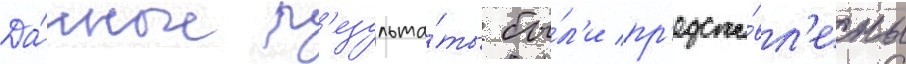
Да́нные р'езульта́ты бы́л'и пр'едста́вл'ены